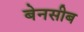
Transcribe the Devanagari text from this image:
बेनसीब